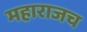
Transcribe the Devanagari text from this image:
महाराजच